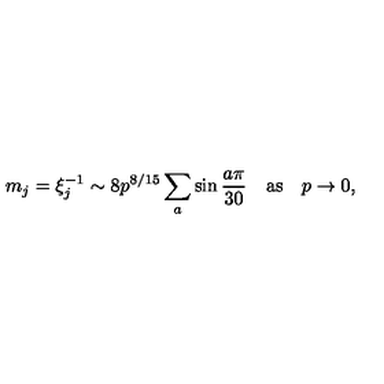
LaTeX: m _ { j } = \xi _ { j } ^ { - 1 } \sim 8 p ^ { 8 / 1 5 } \sum _ { a } \sin \frac { a \pi } { 3 0 } \quad \mathrm { a s } \quad p \to 0 ,